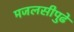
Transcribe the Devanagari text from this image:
मजलसीपुढे